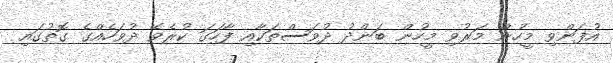
އުފަންވި މީހުން މަރުވި މީހުން ބަންދު ދުވަސްތަކާއި ފާހަގަ ކުރެވޭ ދުވަހެއްގެ ގޮތުގައި